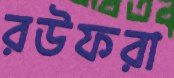
রউফরা